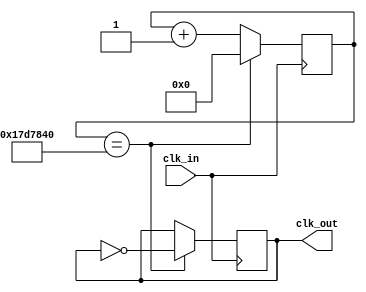
module clock_divider3 
#(parameter INIT=0)
(
  input clk_in,
  output reg clk_out = 0
);

/* count = (clk_in / clk_out) */
/* Ejemplo 1 */
/* count = 25E6 = 25000000 = (50E6 Mhz)/(60 Hz)=1 */
/* SIZE = 2^25 = 33.5E6 lo contiene */
/* Ejemplo 2 */
/* count = (50E6 Hz)/(1 Hz) = 50E6 = 25000000 */
/* SIZE = 2^26 = 67.5E6 lo contiene */

parameter SIZE = 25; 
parameter LIMIT = 26'd25000000;

reg [SIZE-1:0] count = INIT;

always@(posedge clk_in)
begin
  if(count == LIMIT)
  begin
    count <= 0;
    clk_out <= ~clk_out;
  end
  else
  begin
    count <= count + 1;
  end
end

endmodule